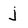
Character: j